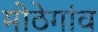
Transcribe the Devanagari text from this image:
मोठेगांव